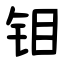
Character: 钼